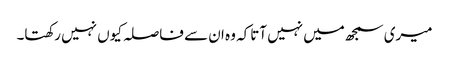
میری سمجھ میں نہیں آتاکہ وہ ان سے فاصلہ کیوں نہیں رکھتا۔